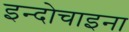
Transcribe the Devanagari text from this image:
इन्दोचाइना